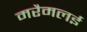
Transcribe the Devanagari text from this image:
मरैमलई